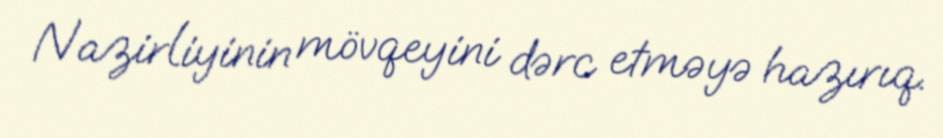
Nazirliyinin mövqeyini dərc etməyə hazırıq.